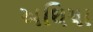
અથિયા